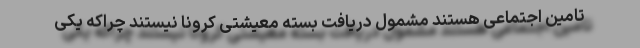
تامین اجتماعی هستند مشمول دریافت بسته معیشتی کرونا نیستند چراکه یکی